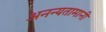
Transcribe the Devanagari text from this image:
अनन्यतामानी